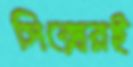
সিক্সেরই